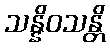
သန္နိဝသန္တိ